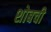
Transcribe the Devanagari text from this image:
शोबची